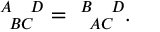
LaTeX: \ _ { \; \; B C } ^ { A \; \; \; \; D } = \ _ { \; \; A C } ^ { B \; \; \; \; D } .